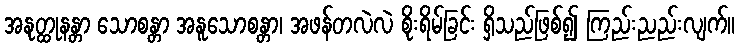
အနုတ္ထုနန္တာ သောစန္တာ အနူသောစန္တာ၊ အဖန်တလဲလဲ စိုးရိမ်ခြင်း ရှိသည်ဖြစ်၍ ကြည်းညည်းလျက်။